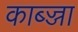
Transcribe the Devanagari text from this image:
काब्ज्जा